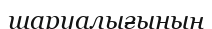
шаруалығының